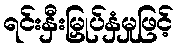
ရင်းနှီးမြှုပ်နှံမှုဖြင့်